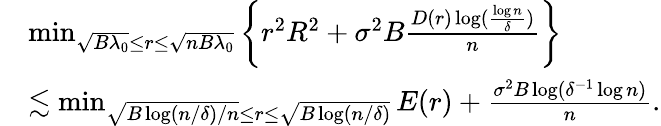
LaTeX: \begin{array}{rl}&{\operatorname*{min}_{\sqrt{B\lambda_{0}}\leq r\leq\sqrt{nB\lambda_{0}}}\bigg\{ r^{2}R^{2}+\sigma^{2}B\frac{D(r)\log(\frac{\log n}{\delta})}{n}\bigg\} }\\ &{\lesssim\operatorname*{min}_{\sqrt{B\log(n/\delta)/n}\leq r\leq\sqrt{B\log(n/\delta)}}E(r)+\frac{\sigma^{2}B\log(\delta^{-1}\log n)}{n}.}\end{array}